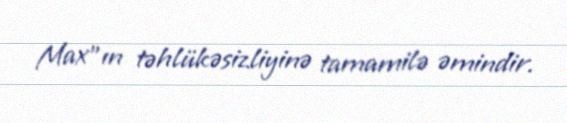
Max”ın təhlükəsizliyinə tamamilə əmindir.